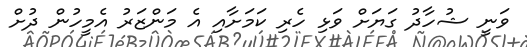
ވަނީ ޝުހާދު ގަޔަށް ވަޅި ހެރި ކަމަށާއި އެ މަންޒަރު އެމީހުން ދުށް